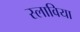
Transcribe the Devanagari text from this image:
स्लाविया